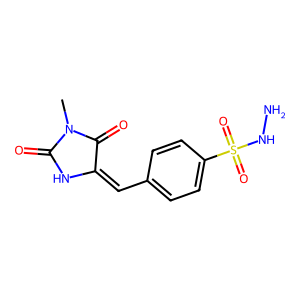
SMILES: CN1C(=O)NC(=Cc2ccc(S(=O)(=O)NN)cc2)C1=O
Inhibits HIV replication: No